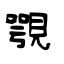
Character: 覨